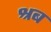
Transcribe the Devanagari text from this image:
श्रब